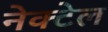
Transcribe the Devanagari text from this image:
नेक्टेल